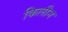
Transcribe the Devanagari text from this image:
किलीन